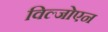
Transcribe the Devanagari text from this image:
विल्जोएन